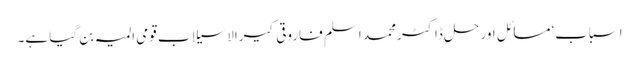
اسباب‘مسائل اور حل ڈاکٹر محمد اسلم فاروقی کیرالا سیلاب قومی المیہ بن گیا ہے۔